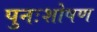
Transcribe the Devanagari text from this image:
पुनःशोषण